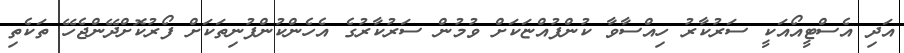
އަދި އެސްޓީއޯއަކީ ސަރުކާރު ހިއްސާވާ ކުންފުއްޏަކަށް ވުމުން ސަރުކާރުގެ އެހެންކުންފުނިތަކަށް ފޯރުކޮށްދޭންޖެހޭ ތަކެތި